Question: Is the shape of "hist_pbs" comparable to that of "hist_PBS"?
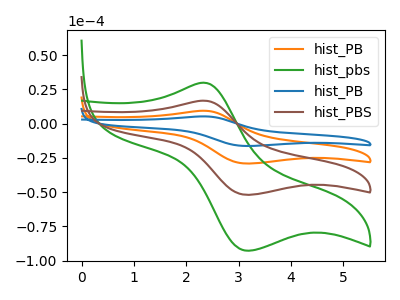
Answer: <think>The orange curve "hist_PB" has an anodic peak at (2.35V, 33.45uA) and a cathodic peak at (3.20V, -104.20uA). The green curve "hist_pbs" has an anodic peak at (2.35V, 29.85uA) and a cathodic peak at (3.20V, -92.90uA). The blue curve "hist_PB" has an anodic peak at (2.35V, 50.20uA) and a cathodic peak at (3.20V, -156.25uA). The brown curve "hist_PBS" has an anodic peak at (2.35V, 16.75uA) and a cathodic peak at (3.20V, -52.10uA).
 All the peaks in "hist_pbs" have a peak in "hist_PBS" at the same potential. Every peak in "hist_pbs" is higher than every peak in "hist_PBS".</think>
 <answer>"hist_pbs" and "hist_PBS" are similar in shape.</answer>
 <eval>same_shape</eval>